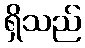
ရှိသည်